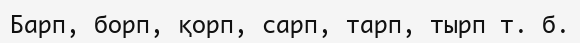
Барп, борп, қорп, сарп, тарп, тырп т. б.